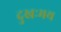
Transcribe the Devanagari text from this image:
दुखःमय